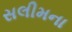
સલીમના